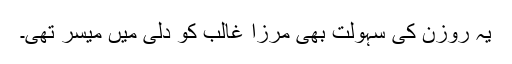
یہ روزن کی سہولت بھی مرزا غالب کو دلی میں میسر تھی۔